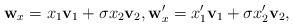
LaTeX: \begin{align*}\mathbf w_x=x_1\mathbf v_1+\sigma x_2\mathbf v_2, \mathbf w'_x=x'_1\mathbf v_1+ \sigma x'_2\mathbf v_2,\end{align*}